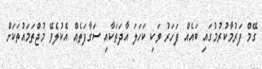
ގޭމް ފަރުމާކުރުމުގައި ބައެއް ފަހަރު ވަކި ކަހަލަ އާދަތަކާއި ސަގާފަތެއް އެކުލެވޭ މުޖްތަމައުތަކަށް